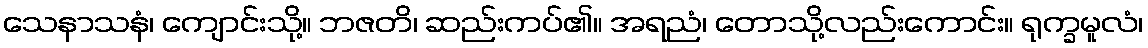
သေနာသနံ၊ ကျောင်းသို့။ ဘဇတိ၊ ဆည်းကပ်၏။ အရညံ၊ တောသို့လည်းကောင်း။ ရုက္ခမူလံ၊